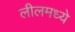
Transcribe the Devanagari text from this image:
लीलमध्ये